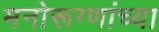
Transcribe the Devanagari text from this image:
मनोरूग्णांच्या